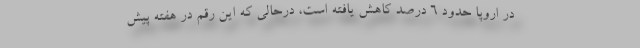
در اروپا حدود ۶ درصد کاهش یافته است، درحالی که این رقم در هفته پیش